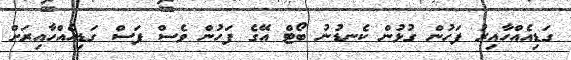
ގަޑިއެއްހާއިރު ފަހުން ގުޅުން ކެނޑުނު ބޯޓް އޭގެ ފަހުން ވެސް ފަސް ގަޑިއެއްހާއިރަށް